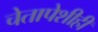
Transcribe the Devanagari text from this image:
चेतापेशीही